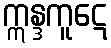
ဣန္ဒကူဋေ